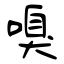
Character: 嗅